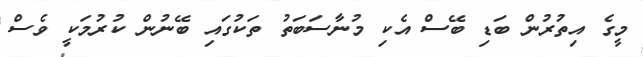
މީގެ އިތުރުން ބަޑި ބޭސް އެކި މުނާސަބަތު ތަކުގައި ބޭނުން ކުރުމަކީ ވެސް